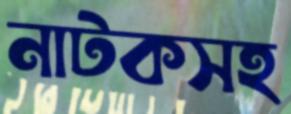
নাটকসহ